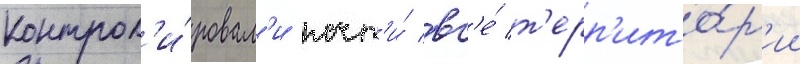
контрол'и́ровал'и почт'и́ вс'е́ т'ерр'ито́р'ии